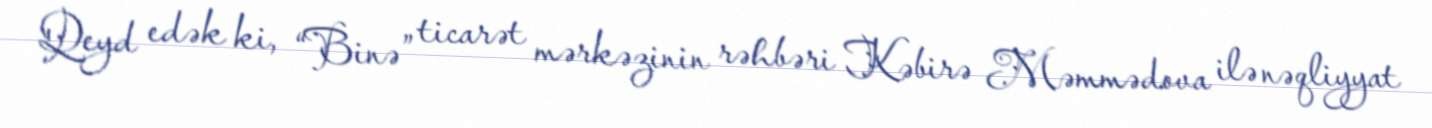
Qeyd edək ki, “Binə” ticarət mərkəzinin rəhbəri Kəbirə Məmmədova ilə nəqliyyat